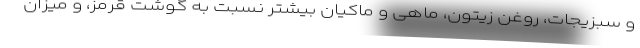
و سبزیجات، روغن زیتون، ماهی و ماکیان بیشتر نسبت به گوشت قرمز، و میزان